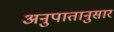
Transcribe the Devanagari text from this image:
अनुपातानुसार